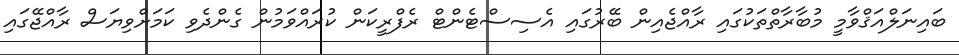
ބައިނަލްއަޤްވާމީ މުބާރާތްތަކުގައި ރާއްޖެއިން ބޭރުގައި އެސިސްޓެންޓް ރެފްރީކަން ކުރައްވަމުން ގެންދެވި ކަމަށްވިޔަސް ރާއްޖޭގައި